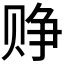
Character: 𬥷